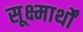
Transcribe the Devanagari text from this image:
सूक्ष्मार्थों